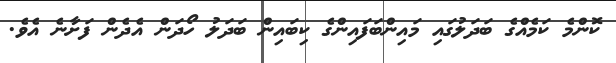
ކޮންމެ ކަމެއްގެ ބަދަލުގައި މައިންބަފައިންގެ ކިބައިން ބަދަލު ހޯދަން އެދެން ފަށާނެ އެވެ.